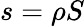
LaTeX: s=\rho S